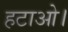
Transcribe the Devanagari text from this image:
हटाओ।